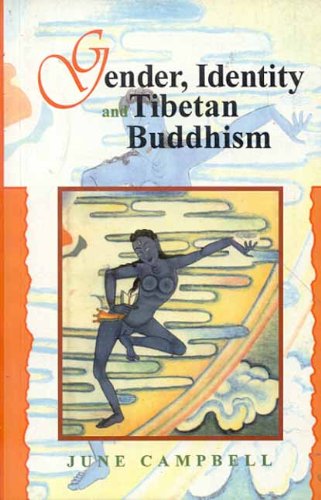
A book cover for Gender, Identity and Tibetan Buddhism; June Campbell; Religion & Spirituality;